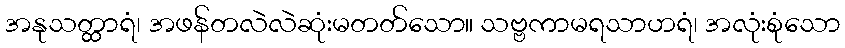
အနုသတ္ထာရံ၊ အဖန်တလဲလဲဆုံးမတတ်သော။ သဗ္ဗကာမရသာဟရံ၊ အလုံးစုံသော